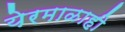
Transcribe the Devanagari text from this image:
येरमाळाही